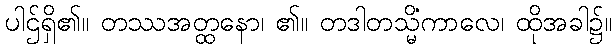
ပါဌ်ရှိ၏။ တဿအတ္ထနော၊ ၏။ တဒါတသ္မိံကာလေ၊ ထိုအခါ၌။